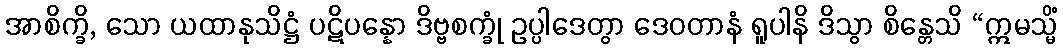
အာစိက္ခိ, သော ယထာနုသိဋ္ဌံ ပဋိပန္နော ဒိဗ္ဗစက္ခုံ ဥပ္ပါဒေတွာ ဒေဝတာနံ ရူပါနိ ဒိသွာ စိန္တေသိ “ဣမသ္မိံ